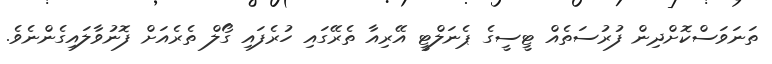
ތަނަވަސްކޮށްދިން ފުރުސަތެއް ޓީސީގެ ޕެނަލްޓީ އޭރިއާ ތެރޭގައި ހުރެފައި ގޯލް ތެރެއަށް ފޮނުވާލައިގެންނެވެ.